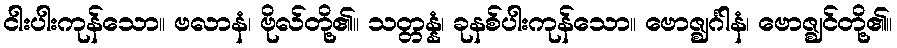
ငါးပါးကုန်သော။ ဗလာနံ၊ ဗိုလ်တို့၏။ သတ္တန္နံ၊ ခုနစ်ပါးကုန်သော။ ဗောဇ္ဈင်္ဂါနံ၊ ဗောဇ္ဈင်တို့၏။